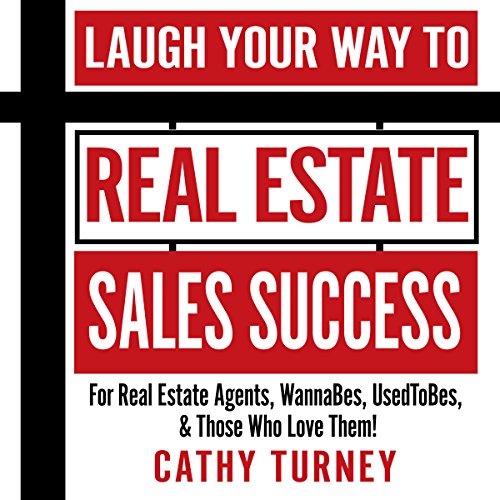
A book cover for Laugh Your Way to Real Estate Sales Success: For Real Estate Agents, WannaBes, UsedToBes, & Those Who Love Them!; Cathy Turney; Business & Money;